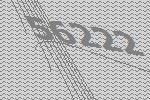
56222